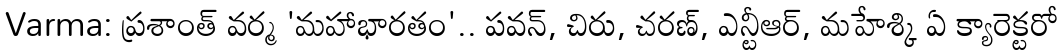
Varma: ప్రశాంత్ వర్మ 'మహాభారతం'.. పవన్, చిరు, చరణ్, ఎన్టీఆర్, మహేశ్కి ఏ క్యారెక్టరో